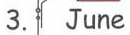
3.June